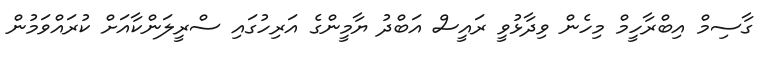
ގާސިމް އިބްރާހީމް މިހެން ވިދާޅުވީ ރައީސް އަބްދު ޔާމީންގެ އަރިހުގައި ސްރީލަންކާއަށް ކުރައްވަމުން